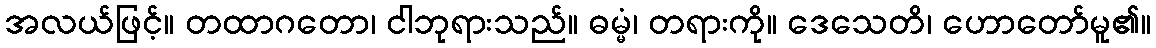
အလယ်ဖြင့်။ တထာဂတော၊ ငါဘုရားသည်။ ဓမ္မံ၊ တရားကို။ ဒေသေတိ၊ ဟောတော်မူ၏။